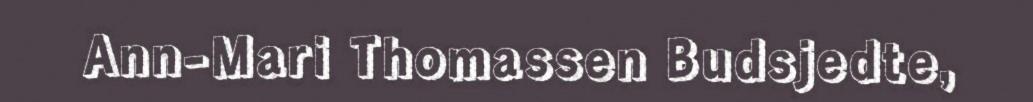
Ann-Mari Thomassen Budsjedte,